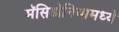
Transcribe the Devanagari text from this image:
मॅसिडोनियामध्ये